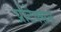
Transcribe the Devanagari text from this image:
प्रोटेक्सन